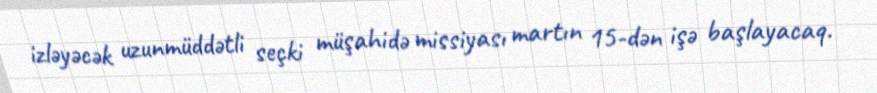
izləyəcək uzunmüddətli seçki müşahidə missiyası martın 15-dən işə başlayacaq.